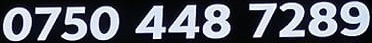
0750 448 7289